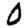
Digit: 0